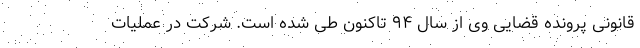
قانونی پرونده قضایی وی از سال ۹۴ تاکنون طی شده است. شرکت در عملیات